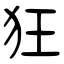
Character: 狂